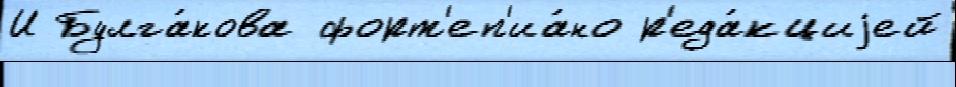
И Булга́кова форт'еп'иа́но р'еда́кциjей